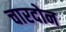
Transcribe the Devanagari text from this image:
चारदोन